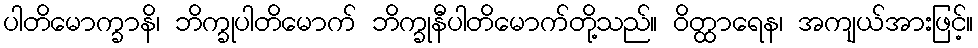
ပါတိမောက္ခာနိ၊ ဘိက္ခုပါတိမောက် ဘိက္ခုနီပါတိမောက်တို့သည်။ ဝိတ္ထာရေန၊ အကျယ်အားဖြင့်။